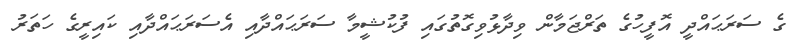
ގެ ސަރަޙައްދީ އޮފީހުގެ ތަރްޖަމާން ވިދާޅުވިގޮތުގައި ފުކުޝީމާ ސަރަޙައްދާއި އެސަރަޙައްދާއި ކައިރީގެ ހަތަރު